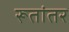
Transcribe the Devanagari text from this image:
रूतांतर